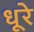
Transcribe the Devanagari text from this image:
धूरे